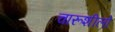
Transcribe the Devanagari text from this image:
चारूशीलो